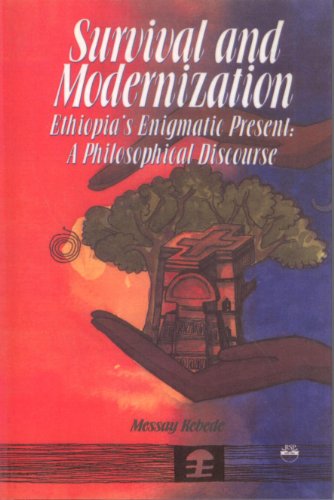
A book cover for Survival and Modernization: Ethiopia's Enigamtic Present; Messay Kebede; History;